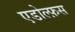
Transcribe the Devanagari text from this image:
एडोल्फ़स